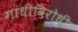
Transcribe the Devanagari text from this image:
गांधीविरोधी